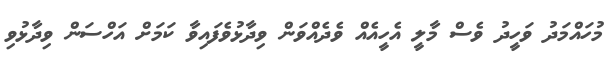
މުހައްމަދު ވަހީދު ވެސް މާލީ އެހީއެއް ވެދެއްވަން ވިދާޅުވެފައިވާ ކަމަށް އަހްސަން ވިދާޅުވި